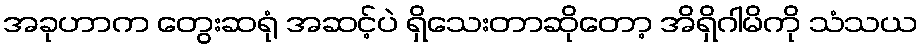
အခုဟာက တွေးဆရုံ အဆင့်ပဲ ရှိသေးတာဆိုတော့ အိရှိဂါမိကို သံသယ